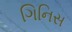
ગિનિસ